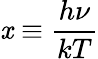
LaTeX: \mathit{x}\equiv{\frac{{h\nu}}{{kT}}}